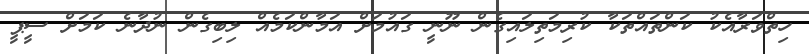
ހިތްވަރާއެކު ކަންތައްތަކާ ކުރިމަތިލައިގެން ނޫނީ ގައުމަށް އަމާންކަމެއް ލިބިގެން ނުދާނެ ކަމަށް ސީޕީ